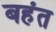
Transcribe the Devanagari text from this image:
बहंत